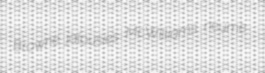
Browne jalousies McWilliams neume